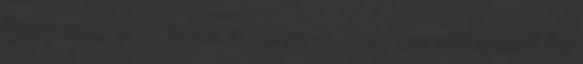
hogy mégis, mi lenne a dolga az országgyűlésnek? Az